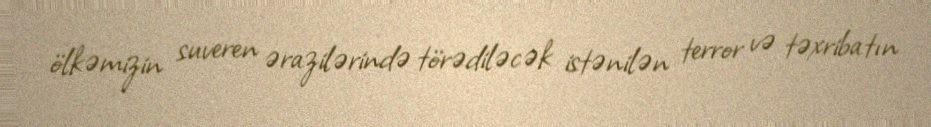
ölkəmizin suveren ərazilərində törədiləcək istənilən terror və təxribatın